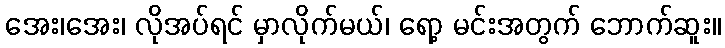
အေး၊အေး၊ လိုအပ်ရင် မှာလိုက်မယ်၊ ရော့ မင်းအတွက် ဘောက်ဆူး။